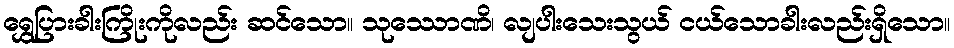
ရွှေပြားခါးကြိုးကိုလည်း ဆင်သော။ သုဿောဏိ၊ လျပါးသေးသွယ် ငယ်သောခါးလည်းရှိသော။